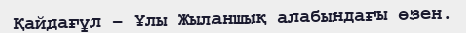
Қайдағұл – Ұлы Жыланшық алабындағы өзен.